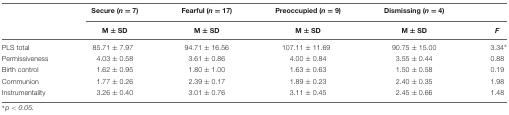
|  | Secure (n = 7) | Fearful (n = 17) | Preoccupied (n = 9) | Dismissing (n = 4) |  |
 |  | M ± SD | M ± SD | M ± SD | M ± SD | F |
 | --- | --- | --- | --- | --- | --- |
 | PLS total | 85.71 ± 7.97 | 94.71 ± 16.56 | 107.11 ± 11.69 | 90.75 ± 15.00 | 3.34∗ |
 | Permissiveness | 4.03 ± 0.58 | 3.61 ± 0.86 | 4.00 ± 0.84 | 3.55 ± 0.44 | 0.88 |
 | Birth control | 1.62 ± 0.95 | 1.80 ± 1.00 | 1.63 ± 0.63 | 1.50 ± 0.58 | 0.19 |
 | Communion | 1.77 ± 0.26 | 2.39 ± 0.17 | 1.89 ± 0.23 | 2.40 ± 0.35 | 1.98 |
 | Instrumentality | 3.26 ± 0.40 | 3.01 ± 0.76 | 3.11 ± 0.45 | 2.45 ± 0.66 | 1.48 |